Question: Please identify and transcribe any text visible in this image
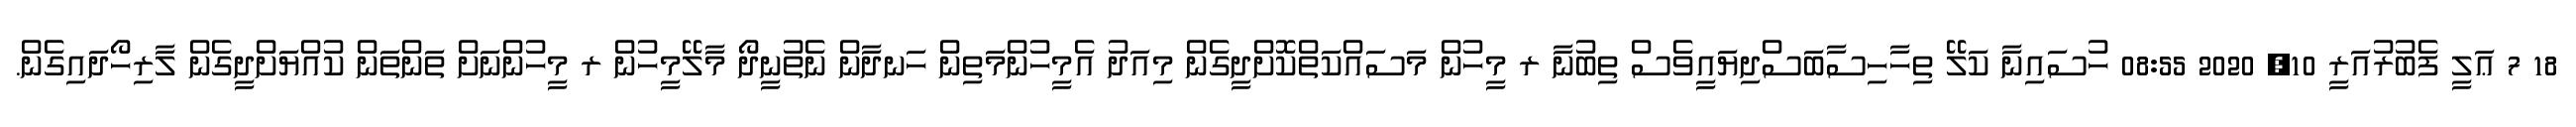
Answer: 18 7 ޢަލީ ފެބުރުއަރީ 10, 2020 08:55 ހުސައިނާ ކަލޭ ތިހާހިސާބަސްދިޔައީވެސް ތިބުނާ ރ މީހުން މަސައްކަތްކޮށްދީގެން މިއަދު އެމީހުންމަތިން ހަނދާން ނެތުނީދޯ މާލޭމީހުން ރ މީހުންނަށް ތަންތަން ކުއްޔަށްދީގެން ލާރިހޯދައިގެން.